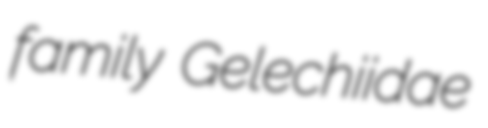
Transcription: family Gelechiidae